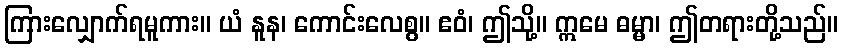
ကြားလျှောက်ရမူကား။ ယံ နူန၊ ကောင်းလေစွ။ ဧဝံ၊ ဤသို့။ ဣမေ ဓမ္မာ၊ ဤတရားတို့သည်။